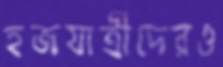
হজযাত্রীদেরও